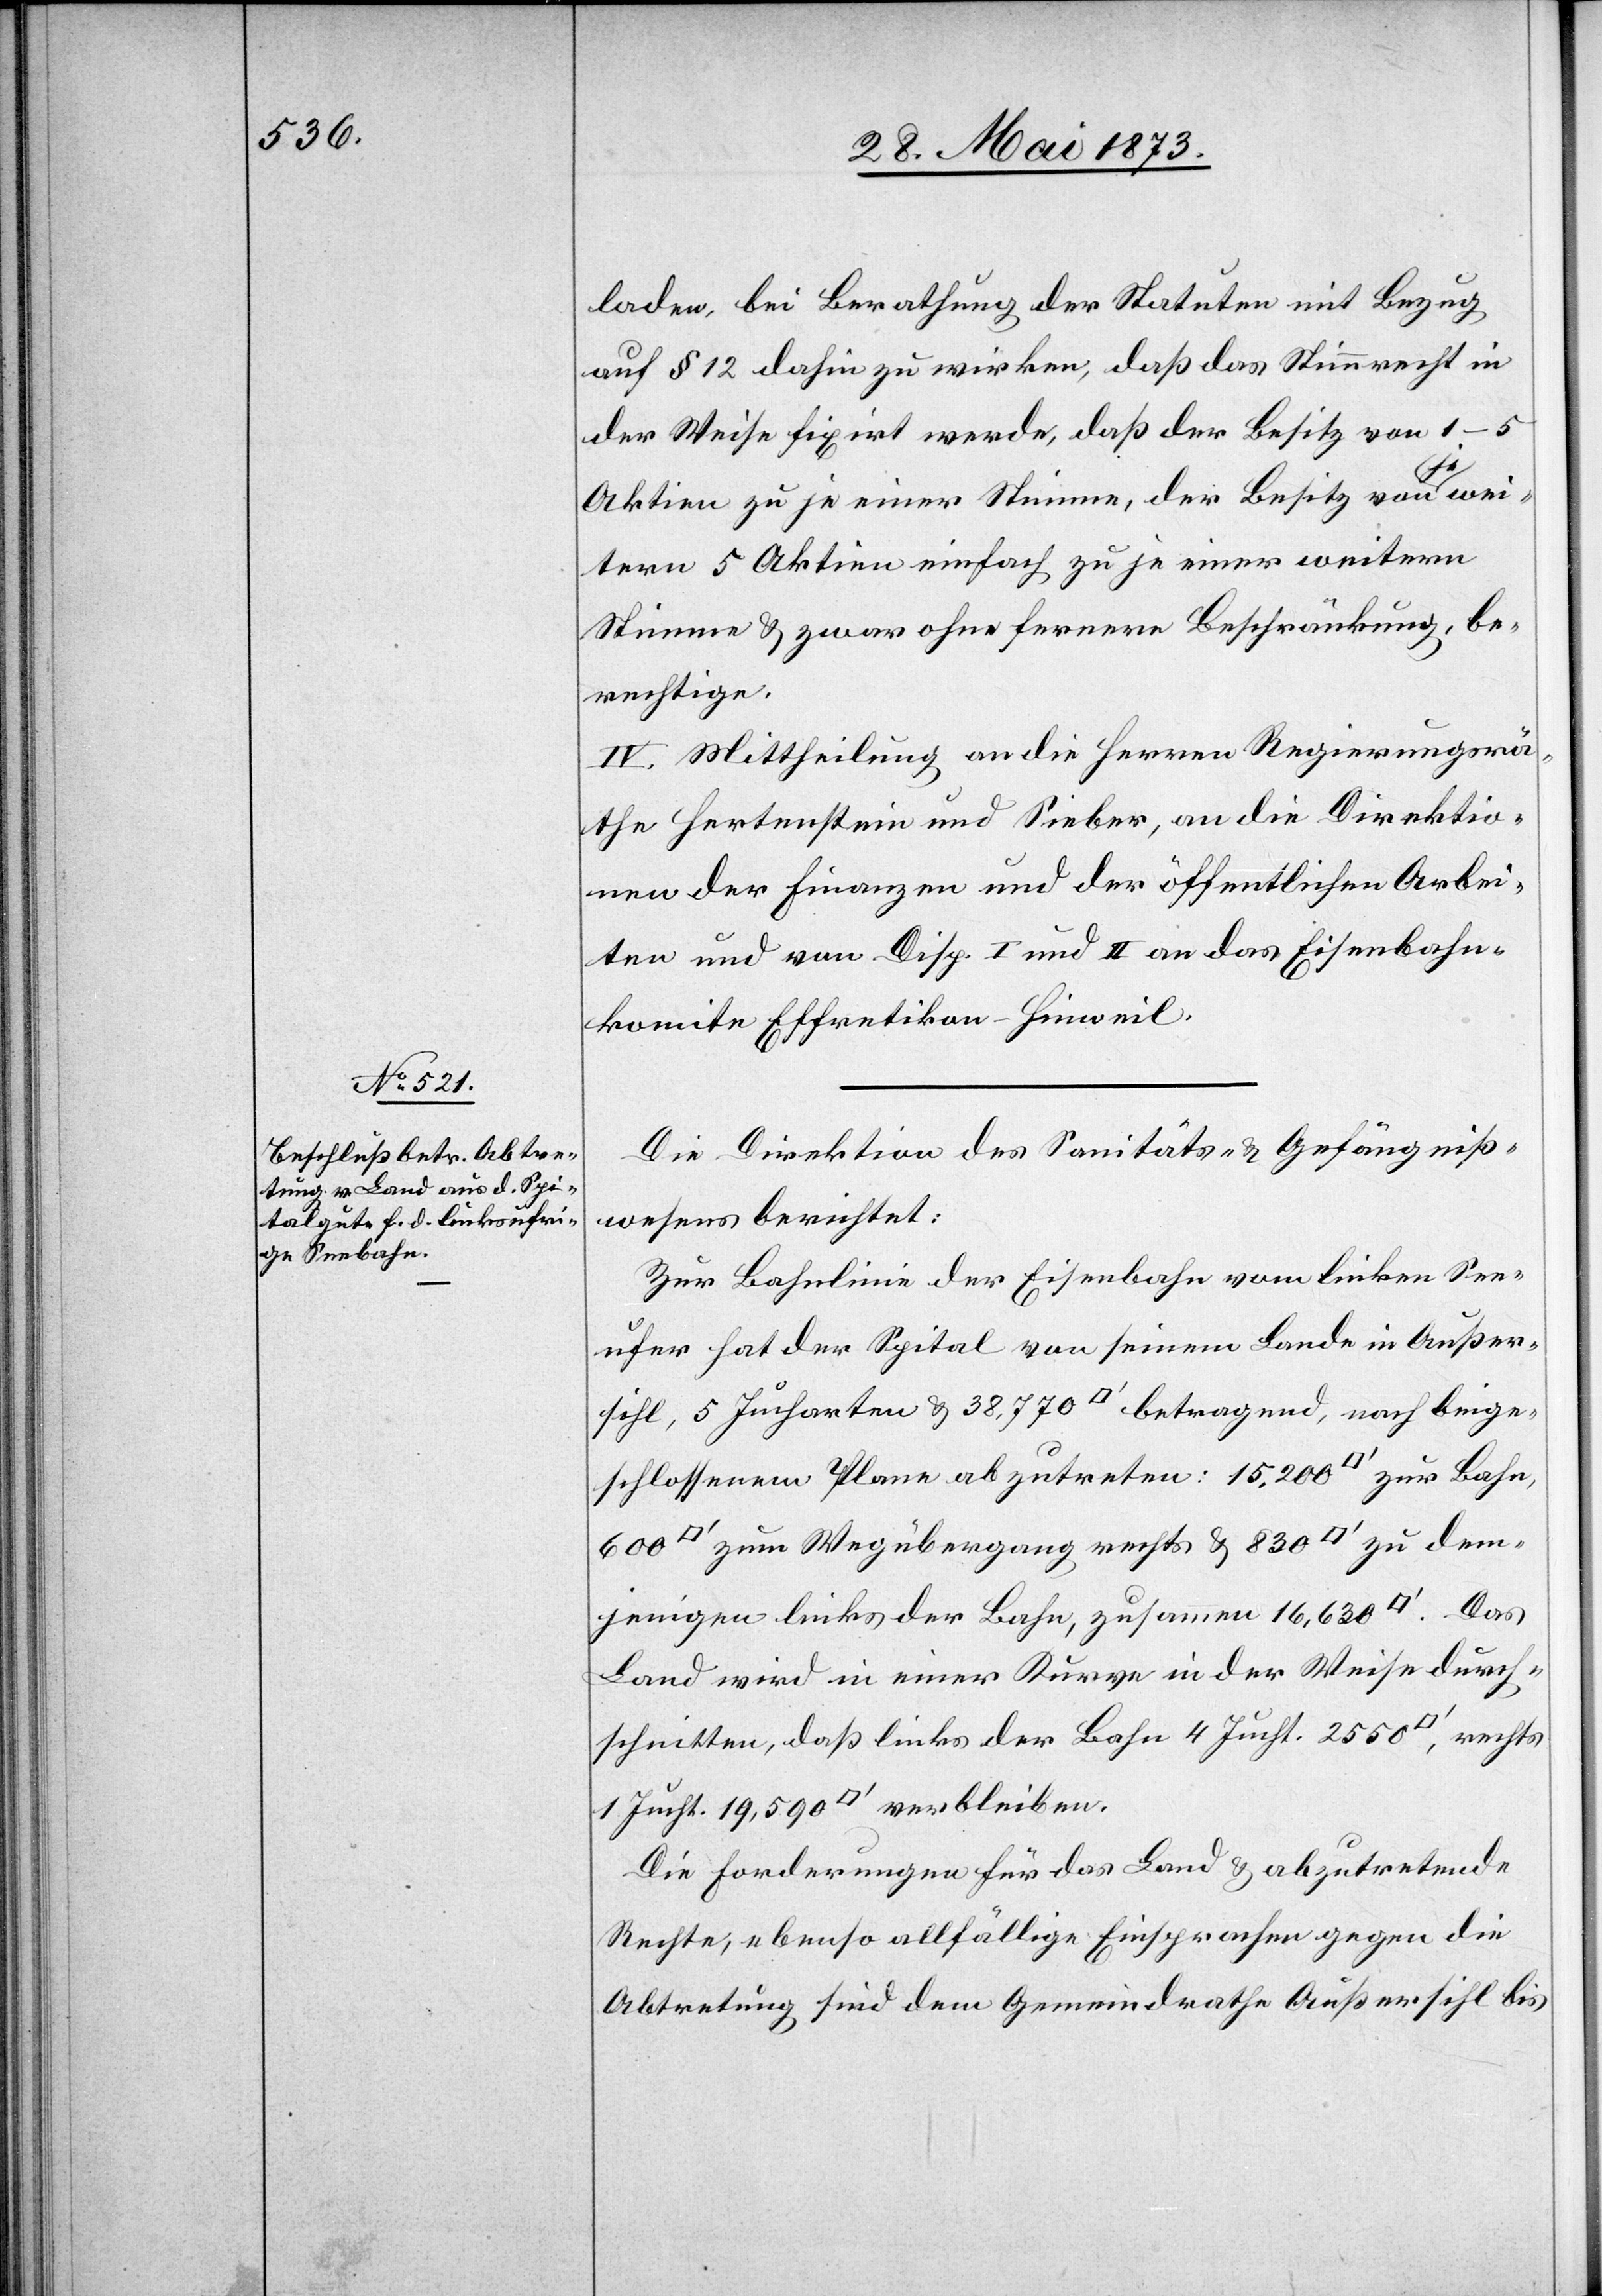
laden, bei Berathung der Statuten mit Bezug
auf § 12 dahin zu wirken, daß das Stimmrecht in
der Weise fixirt werde, daß der Besitz von 1–5
Aktien zu je einer Stimme, der Besitz von je wei¬
tern 5 Aktien einfach zu je einer weitern
Stimme & zwar ohne fernere Beschränkung, be¬
rechtige.
IV. Mittheilung an die Herren Regierungsrä¬
the Hertenstein und Sieber, an die Direktio¬
n der Finanzen und der öffentlichen Arbei¬
ten und von Disp. I und II an das Eisenbahn¬
komite Effretikon–Hinweil.
Die Direktion des Sanitäts- & Gefängniß¬
wesens berichtet:
Zur Bahnlinie der Eisenbahn vom linken See¬
ufer hat der Spital von seinem Lande in Außer¬
sihl, 5 Jucharten & 38,770 [Quadratfuß] betragend, nach beige¬
schlossenem Plane abzutreten: 15,200 [Quadratfuß] zur Bahn,
demjenigen links der Bahn, zusammen 16,630 [Quadratfuß]. Das
Land wird in einer Kurve in der Weise durch¬
schnitten, daß links der Bahn 4 Jucht. 2 550 [Quadratfuß],
Die Forderungen für das Land & abzutretende
Rechte, ebenso allfällige Einsprachen gegen die
Abtretung sind dem Gemeindrathe Außersihl bis